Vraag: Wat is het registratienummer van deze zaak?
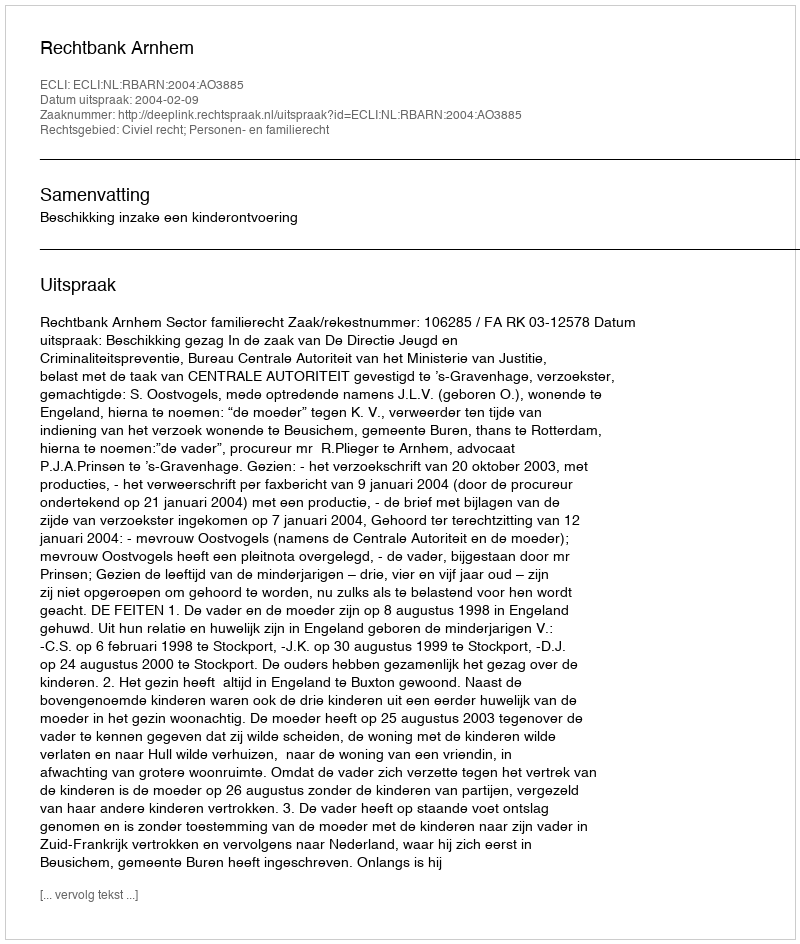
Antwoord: http://deeplink.rechtspraak.nl/uitspraak?id=ECLI:NL:RBARN:2004:AO3885